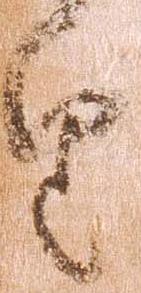
由